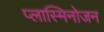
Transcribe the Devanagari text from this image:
प्लास्मिनोजन